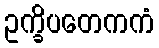
ဥက္ခိပတေကကံ